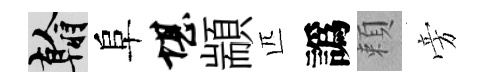
翰阜堪顓匹譌頼旁